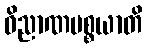
ဝိညာဏပစ္စယာတိ